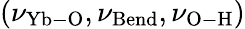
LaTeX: (\nu_{\mathrm{Yb-O}},\nu_{\mathrm{Bend}},\nu_{\mathrm{O-H}})